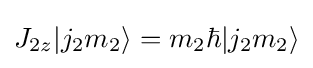
J_{2z}|j_{2}m_{2}\rangle =m_{2}\hbar |j_{2}m_{2}\rangle